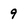
Character: 9